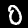
Digit: 0